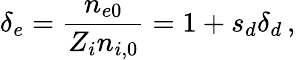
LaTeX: \delta_{e}=\frac{n_{e0}}{Z_{i}n_{i,0}}=1+s_{d}\delta_{d}\, ,